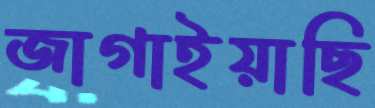
জাগাইয়াছি